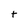
Character: t